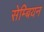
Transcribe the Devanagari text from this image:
सेम्बियन